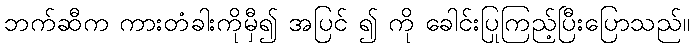
ဘက်ဆီက ကားတံခါးကိုမှီ၍ အပြင် ၍ ကို ခေါင်းပြုကြည့်ပြီးပြောသည်။